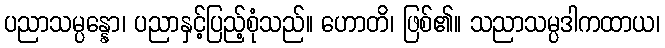
ပညာသမ္ပန္နော၊ ပညာနှင့်ပြည့်စုံသည်။ ဟောတိ၊ ဖြစ်၏။ သညာသမ္ပဒါကထာယ၊